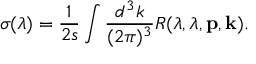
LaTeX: \sigma ( \lambda ) = \frac { 1 } { 2 s } \int \frac { d ^ { 3 } k } { ( 2 \pi ) ^ { 3 } } R ( \lambda , \lambda , { \bf p } , { \bf k } ) .